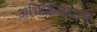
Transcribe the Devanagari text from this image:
अभिक्रियाद्वारा